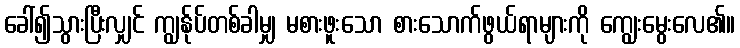
ခေါ်၍သွားပြီးလျှင် ကျွန်ုပ်တစ်ခါမျှ မစားဖူးသော စားသောက်ဖွယ်ရာများကို ကျွေးမွေးလေ၏။